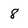
Character: 8